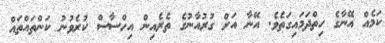
ކަމެއް އޭނާގެ ހިތްދަމައިގަތެވެ. އޭނާ އަށް ގުރުއާނުގެ ތެރެއިން އިހްސާސް ކުރެވުނު ކަންތައްތައް